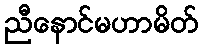
ညီနောင်မဟာမိတ်